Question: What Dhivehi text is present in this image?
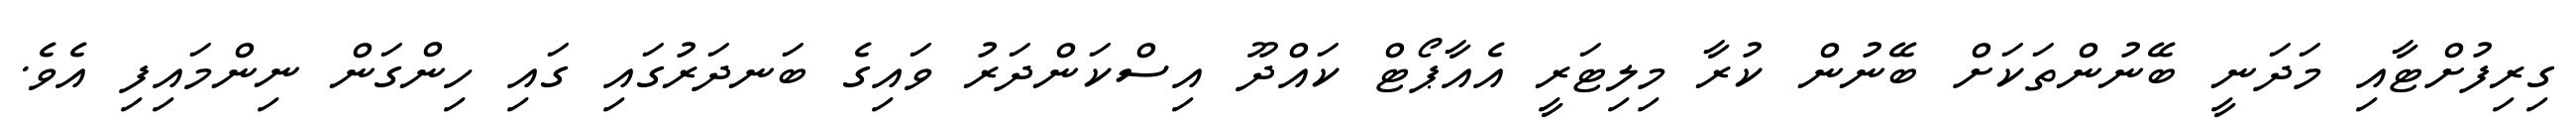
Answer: ގިރިފުށްޓާއި މަދަނީ ބޭނުންތަކަށް ބޭނުން ކުރާ މިލިޓަރީ އެއާޕޯޓް ކައްދޫ އިސްކަންދަރު ވައިގެ ބަނދަރުގައި ގައި ހިންގަން ނިންމައިފި އެވެ.